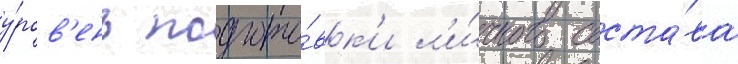
у́ров'ень подгото́вк'и л'и́чного соста́ва